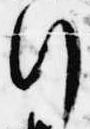
行